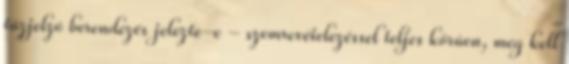
tûzjelzõ berendezés jelezte-e - szemrevételezéssel teljes körûen, meg kell